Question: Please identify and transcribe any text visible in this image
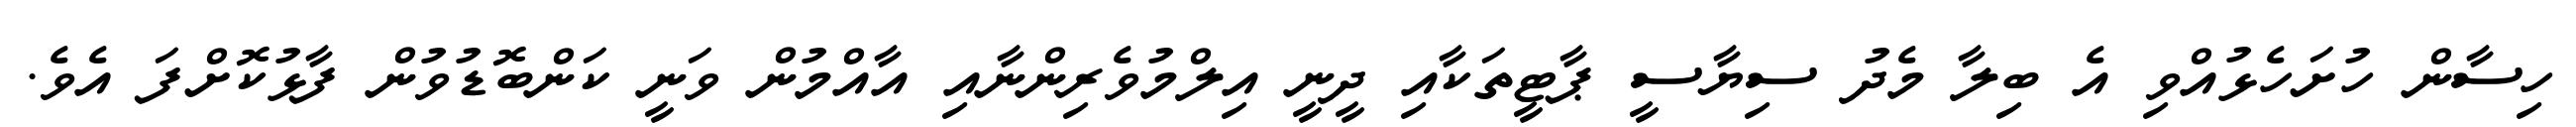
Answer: ހިސާން ހުށަހެޅުއްވި އެ ބިލާ މެދު ސިޔާސީ ޕާޓީތަކާއި ދީނީ އިލްމުވެރިންނާއި އާއްމުން ވަނީ ކަންބޮޑުވުން ފާޅުކޮށްފަ އެވެ.